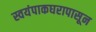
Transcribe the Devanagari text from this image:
स्वयंपाकघरापासून